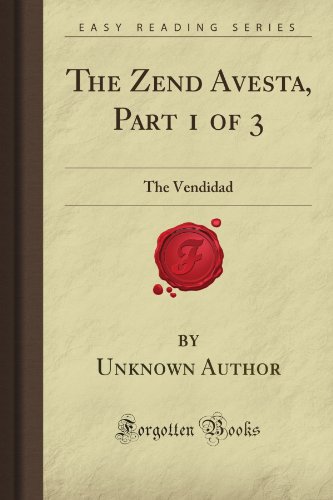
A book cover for The Zend Avesta, Part 1 of 3: The Vendidad (Forgotten Books); Unknown Firminger Author; Religion & Spirituality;